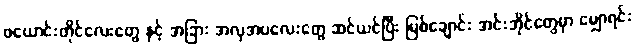
ဖယောင်းတိုင်လေးတွေ နှင့် အခြား အလှအပလေးတွေ ဆင်ယင်ပြီး မြစ်ချောင်း အင်းအိုင်တွေမှာ မျှောရင်း